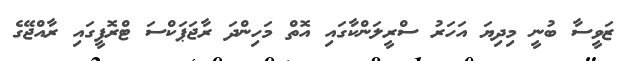
ޒަވީސާ ބުނީ މިދިޔަ އަހަރު ސްރީލަންކާގައި އޮތް މަހިންދަ ރާޖަޕަކްސަ ޓްރޮފީގައި ރާއްޖޭގެ